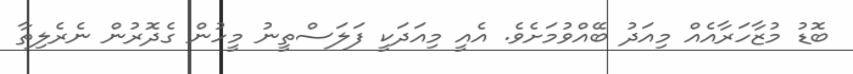
ބޮޑު މުޒާހަރާއެއް މިއަދު ބޭއްވުމަށެވެ. އެއީ މިއަދަކީ ފަލަސްތީނު މީހުން ގެދޮރުން ނެރެލިތާ